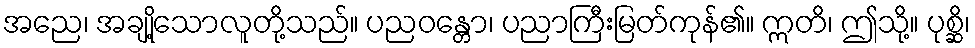
အညေ၊ အချို့သောလူတို့သည်။ ပညဝန္တော၊ ပညာကြီးမြတ်ကုန်၏။ ဣတိ၊ ဤသို့။ ပုစ္ဆိ၊